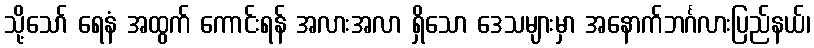
သို့သော် ရေနံ အထွက် ကောင်းရန် အလားအလာ ရှိသော ဒေသများမှာ အနောက်ဘင်္ဂလားပြည်နယ်၊